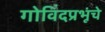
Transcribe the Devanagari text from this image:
गोविंदप्रभूंचे